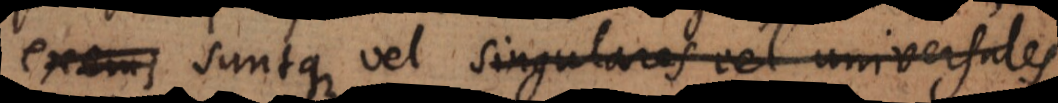
exemp suntque vel singulares vel universales